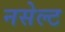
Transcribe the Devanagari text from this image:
नसेल्ट